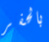
بالحفر